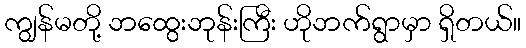
ကျွန်မတို့ ဘထွေးဘုန်းကြီး ဟိုဘက်ရွာမှာ ရှိတယ်။